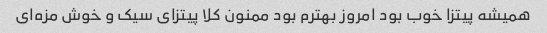
همیشه پیتزا خوب بود امروز بهترم بود ممنون کلا پیتزای سیک و خوش مزه‌ای